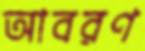
আবরণ